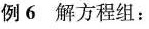
例6解方程组：